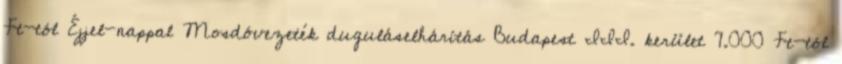
Ft-tól Éjjel-nappal Mosdóvezeték duguláselhárítás Budapest III. kerület 7.000 Ft-tól